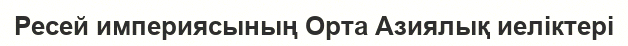
Ресей империясының Орта Азиялық иеліктері